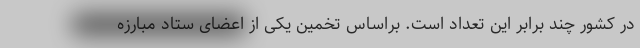
در کشور چند برابر این تعداد است. براساس تخمین یکی از اعضای ستاد مبارزه